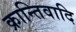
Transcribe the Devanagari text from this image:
क्रान्तिवादि